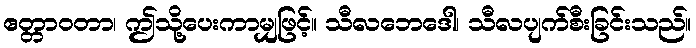
ဧတ္တာဝတာ၊ ဤသို့ပေးကာမျှဖြင့်။ သီလဘေဒေါ၊ သီလပျက်စီးခြင်းသည်။